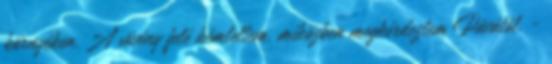
környéken. A sövény felé kémleltem, miközben megkérdeztem Pávától. -